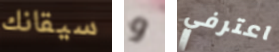
سيقانك و اعترفي